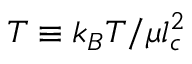
T \equiv k _ { B } T / \mu l _ { c } ^ { 2 }